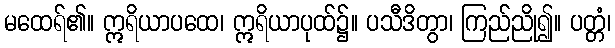
မထေရ်၏။ ဣရိယာပထေ၊ ဣရိယာပုထ်၌။ ပသီဒိတွာ၊ ကြည်ညို၍။ ပတ္တံ၊